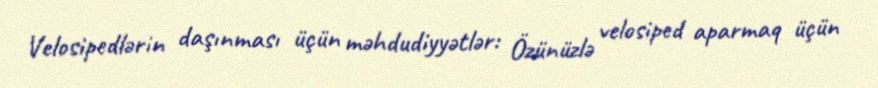
Velosipedlərin daşınması üçün məhdudiyyətlər: Özünüzlə velosiped aparmaq üçün